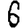
Digit: 6